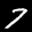
Label: 7